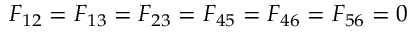
F _ { 1 2 } = F _ { 1 3 } = F _ { 2 3 } = F _ { 4 5 } = F _ { 4 6 } = F _ { 5 6 } = 0